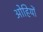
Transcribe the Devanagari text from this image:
ओहियों